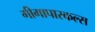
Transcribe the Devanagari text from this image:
गीगापास्कल्स